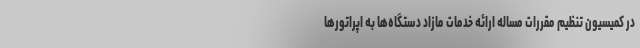
در کمیسیون تنظیم مقررات مساله ارائه خدمات مازاد دستگاه‌ها به اپراتورها